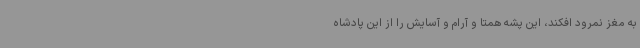
به مغز نمرود افکند، این پشه همتا و‌ آرام و آسایش را از این پادشاه